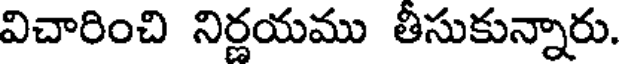
విచారించి నిర్ణయము తీసుకున్నారు.